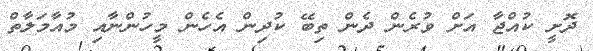
ދޮށީ ކުއްޖާ އަށް ވުރެން ދެން ތިބޭ ކުދިން އެހެން މީހުންނާއި މުއާމަލާތް